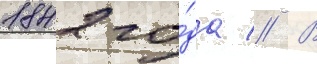
1842 го́да // В